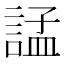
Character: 𧩌